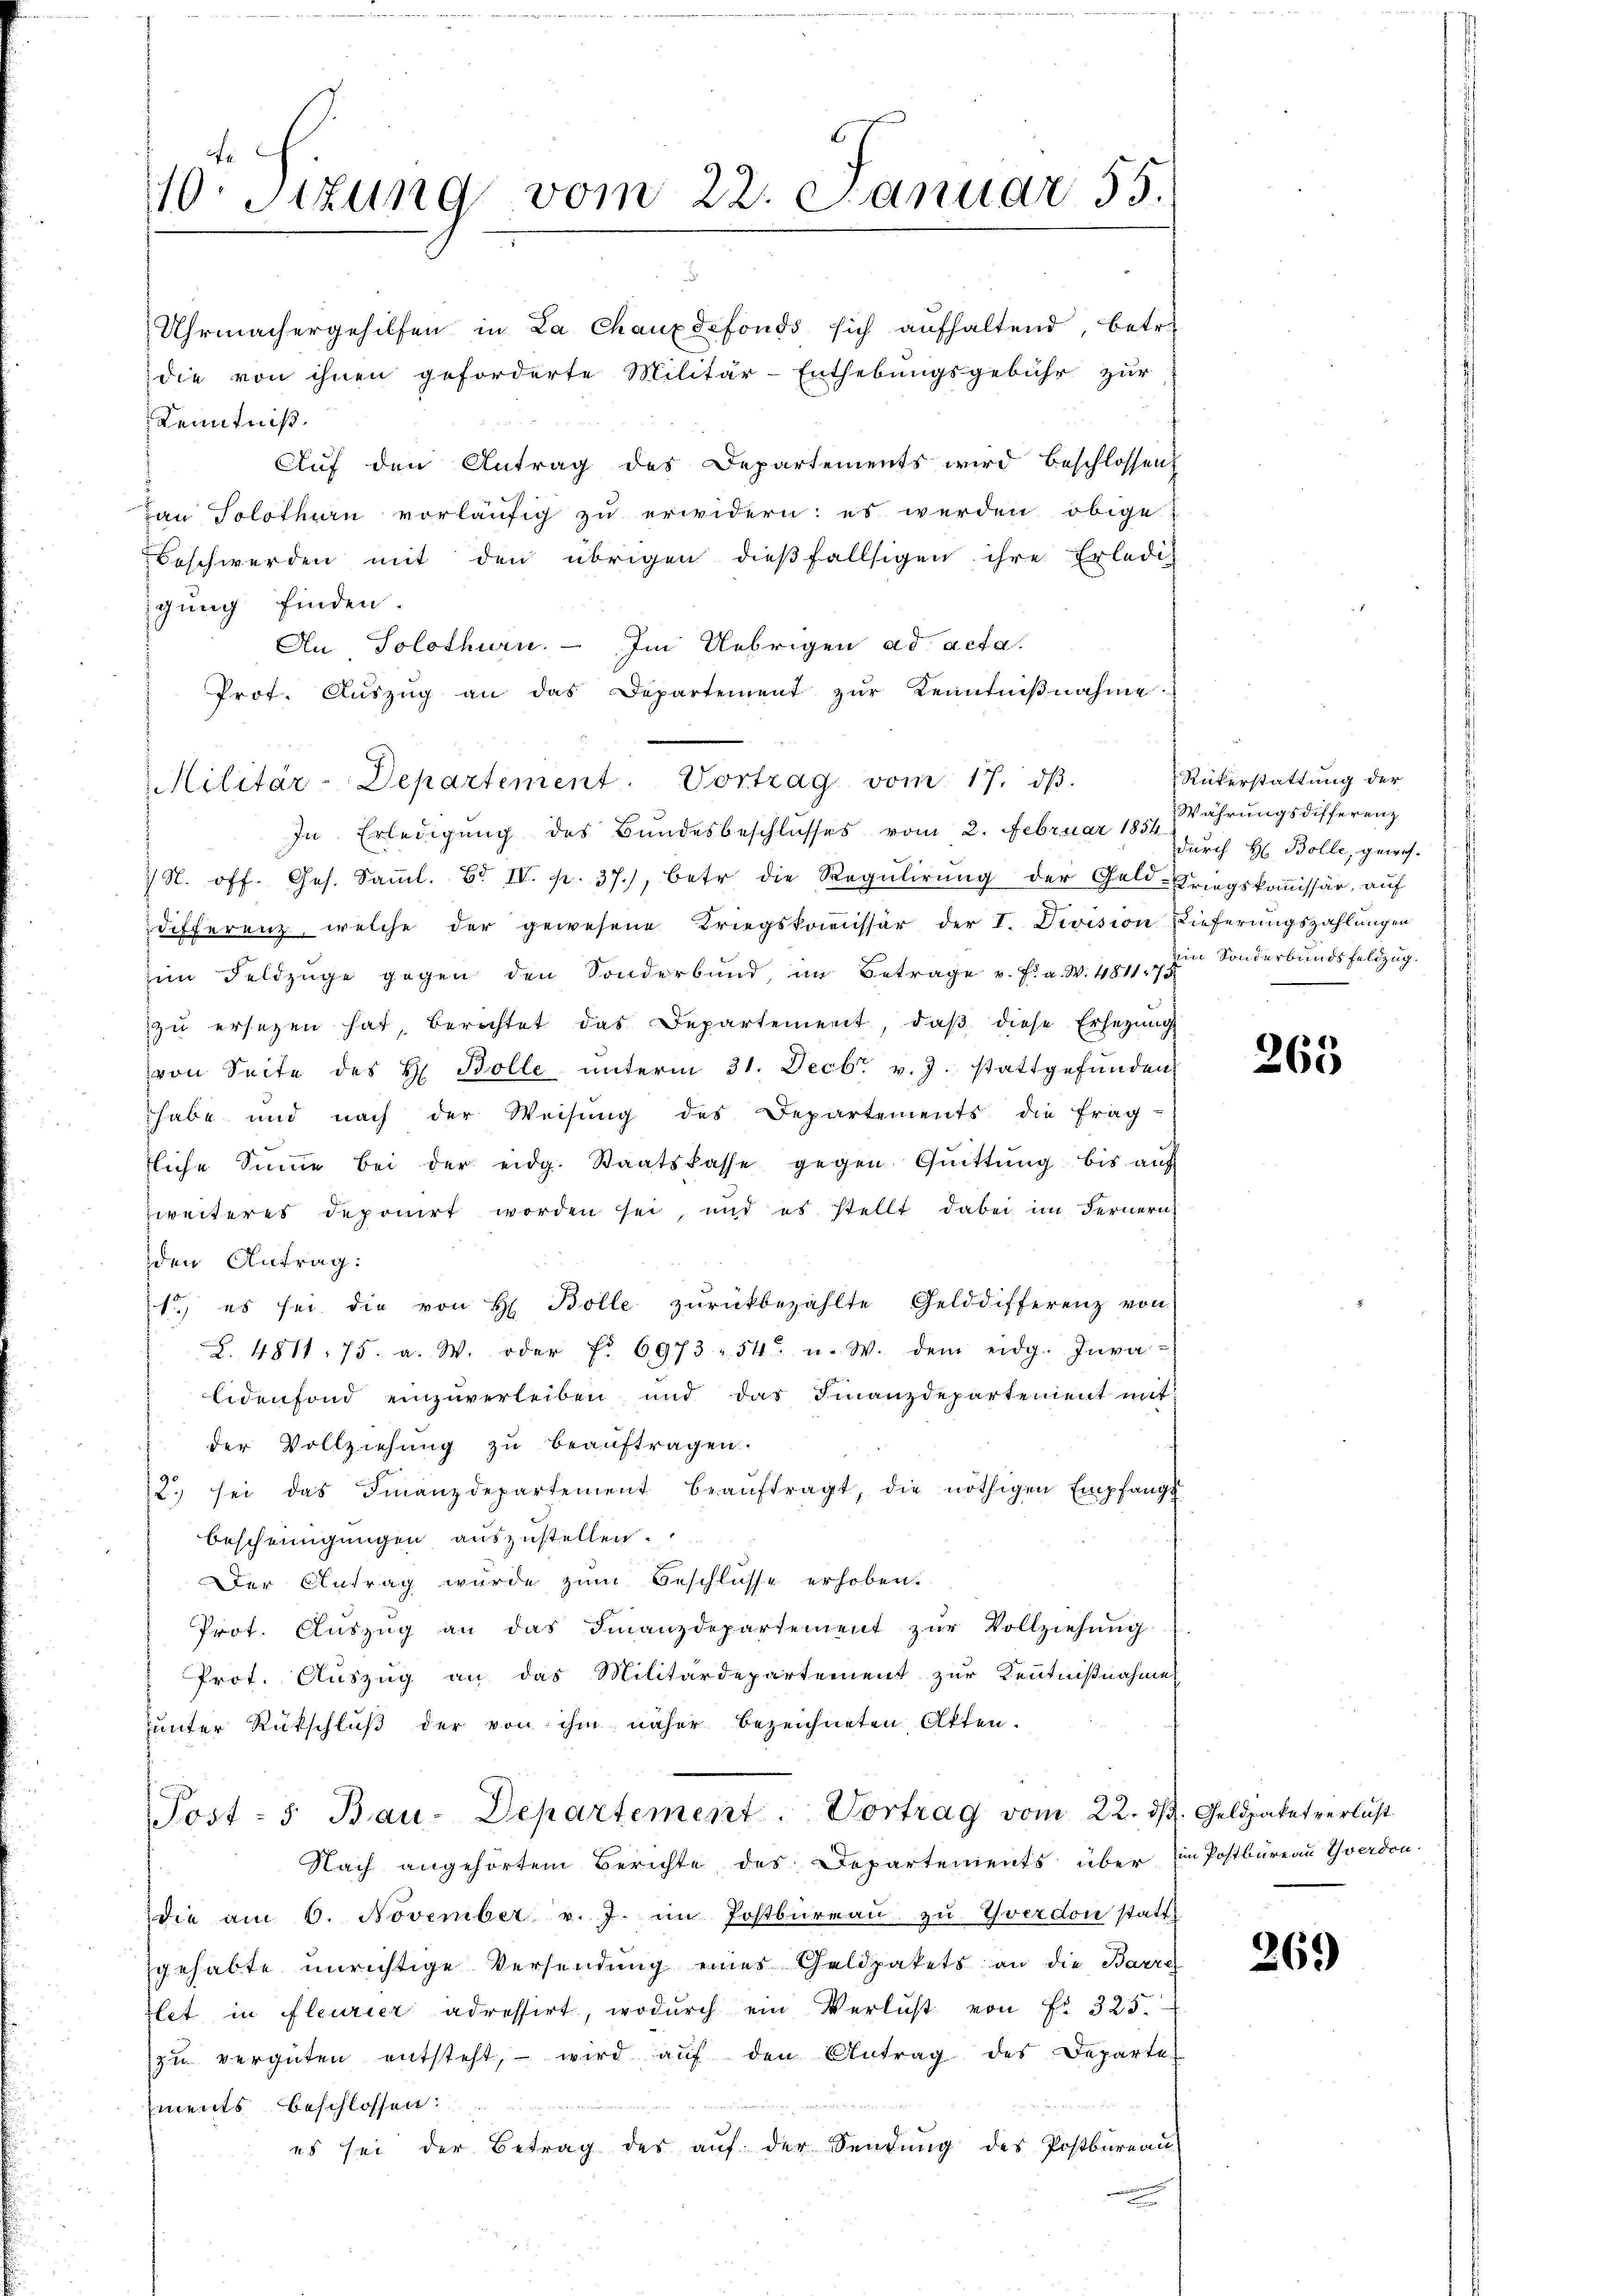
10. Sitzung vom 22. Januar 55.

Uhrmachergehilfen in La Chauxdefonds sich aufhaltend, betr.
die von ihnen geforderte Militär-Enthebungsgebühr zur
Kenntniß.
Auf den Antrag des Departements wird beschlossens
an Solothurn vorläufig zu erwidern: es werden obige
Beschwerden mit den übrigen dießfallsigen ihre Erledig
igung finden.
An Solothurn. Im Uebrigen ad acta.
Prot. Aŭszŭg an das Departement zŭr Kenntniβnahme.
Militär-Departement. Vortrag vom 17. dβ.
In Erledigŭng des Bŭndesbeschlŭsses vom 2. Februar 1857, Wahrŭngsdifferenz
 N. off. Ges. Samml. Bd. IV. p. 37.), betr. die Regulirung der Geld-Kriegskoṁissär, auf
differenz, welche der gewesene Kriegskommissär der I. Division Lieferungszahlungen
im Feldzüge gegen den Sonderbund, im Betrage v. Fra. W. 4811. 77. Sonderbŭndsfeldzug.
zu ersetzen hat, berichtet das Departement, daß diese Ersezung
von Seite des H. Bolle ŭnterm 31. Decbr. v. J. stattgefŭnden
habe und nach der Weisŭng des Departements die frag-
tliche Summe bei der eidg. Staatskasse gegen Gŭittŭng bis aŭf
zweiteres deponirt worden sei, und es stellt dabei im Fernern,
den Antrag:
1) es sei die von H. Bolle zŭrückbezahlte Gelddifferenz von
2. 4811. 75. a. W. oder Fr. 6973 - 51 u. W. dem eidg. Inva-
lidenfond einzuverleiben und das Finanzdepartement mit
der Vollziehung zu beauftragen.
2. sei das Finanzdepartement beaŭftragt, die nöthigen Empfangs
bescheinigungen auszustellen.
Der Antrag wurde zŭm Beschlüsse erhoben.
Prot. Aŭszŭg an das Finanzdepartement zŭr Vollziehŭng
Prot. Auszug an das Militärdepartement zur Kenntnißnahmen
unter Rückschluß der von ihm näher bezeichneten Otten.
Post- u Bau-Departement. Vortrag vom 22. dβ. Geldpaketverlust
Nach angehörtem Berichte des Departements über im Postbureau Yverdon-
die am 6. November v. J. im Postbureau zu Yverdon statt
gehabte unrichtige Versendung eines Geldpakets an die Barra
let in fleurier adressirt, wodurch ein Verlust von f. 325.
zŭ vergüten entsteht, wird aŭf den Antrag des Departe

ements beschlossen:
es sei der Betrag des aŭf der Sendŭng des Postbüreaŭ

Rükerstattung der
durch H. Bolle, gewes.

265

269